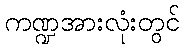
ကဏ္ဍအားလုံးတွင်